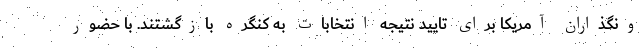
ونگذاران آمریکا برای تایید نتیجه انتخابات به کنگره بازگشتند. با حضور